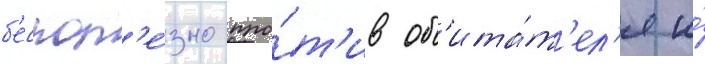
б'еспол'е́зно про́т'ив об'ита́т'ел'я и́